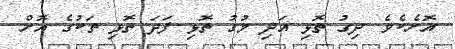
އޮށެކެވެ. ދިގު ތޮޅި އަދި މުގު ތޮޅި ފަދަ ތޮޅި ތަކުގެ އޮށް